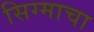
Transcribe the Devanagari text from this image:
सिग्माचा